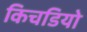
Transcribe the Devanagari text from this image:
किचडियो